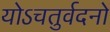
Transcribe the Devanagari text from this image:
योऽचतुर्वदनो